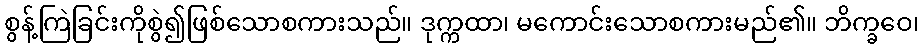
စွန့်ကြဲခြင်းကိုစွဲ၍ဖြစ်သောစကားသည်။ ဒုက္ကထာ၊ မကောင်းသောစကားမည်၏။ ဘိက္ခဝေ၊